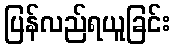
ပြန်လည်ရယူခြင်း